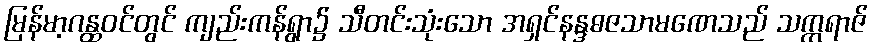
မြန်မာ့ဂန္ထဝင်တွင် ကျည်းကန်ရွာ၌ သီတင်းသုံးသော အရှင်နန္ဒဓဇသာမဏေသည် သက္ကရာဇ်